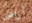
أراضي